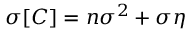
\sigma [ C ] = n \sigma ^ { 2 } + \sigma \eta